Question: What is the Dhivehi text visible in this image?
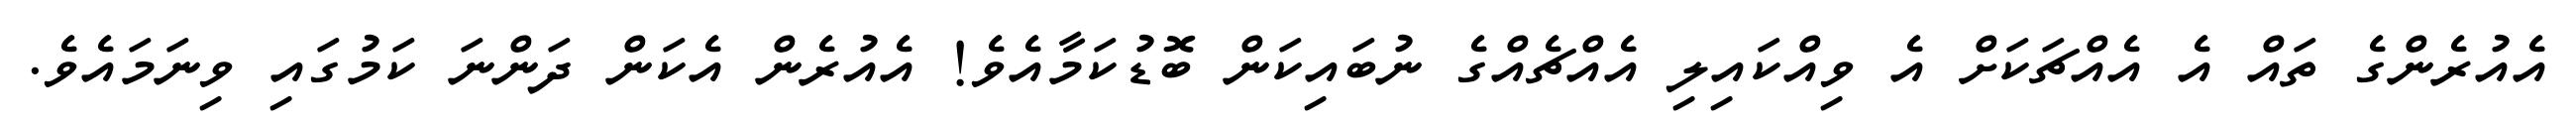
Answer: އެއުރެންގެ ތައް އެ އެއްޗަކަށް އެ ވިއްކައިލި އެއްޗެއްގެ ނުބައިކަން ބޮޑުކަމާއެވެ! އެއުރެން އެކަން ދަންނަ ކަމުގައި ވިނަމައެވެ.